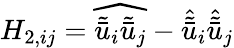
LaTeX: H_{2,ij}=\widehat{\tilde{\bar{u}}_{i}\tilde{\bar{u}}_{j}}-\hat{\tilde{\bar{u}}}_{i}\hat{\tilde{\bar{u}}}_{j}